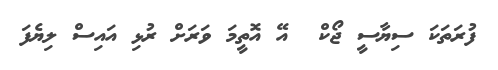
ފުރަތަކަ ސިޔާސީ ޖޯކް  އޭ އޮތީމަ ވަރަށް ރުޅި އައިސް ލިޔެފަ